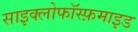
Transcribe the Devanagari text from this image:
साइक्लोफॉस्फ़माइड